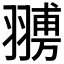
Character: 𦑷